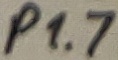
Text: P1.7